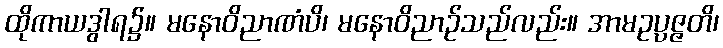
ထိုကာယဒွါရ၌။ မနောဝိညာဏံပိ၊ မနောဝိညာဉ်သည်လည်း။ အာမဥပ္ပဇ္ဇတိ၊